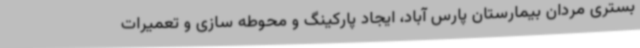
بستری مردان بیمارستان پارس آباد، ایجاد پارکینگ و محوطه سازی و تعمیرات